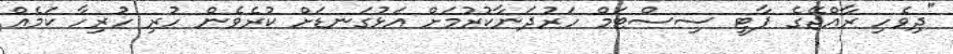
"ދިވެހި ރާއްޖޭގެ ޕާޓީ ސިސްޓަމް ހަރުދަނާކުރުމަށް އަޅުގަނޑަށް ކުރެވެން ހުރި ހުރިހާ ކަމެއް